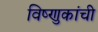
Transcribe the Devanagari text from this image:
विष्णुकांची